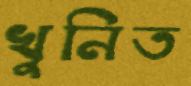
খুনিত